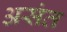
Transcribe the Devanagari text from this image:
असंत